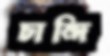
চান্দি